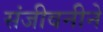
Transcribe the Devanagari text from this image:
संजीवनीने